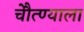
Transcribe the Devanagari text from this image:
चेौत्ण्याला